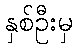
နှစ်ဦးမှ